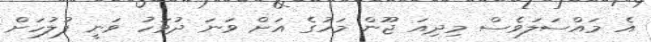
އެ މައްސަލަވެސް މިދިއަ ޖޫން މަހުގެ އަށް ވަނަ ދުވަހު ވަނީ ފުލުހަށް